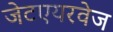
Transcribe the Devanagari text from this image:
जेटएयरवेज